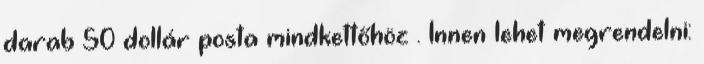
darab 50 dollár posta mindkettőhöz . Innen lehet megrendelni: